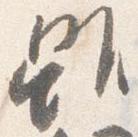
雖